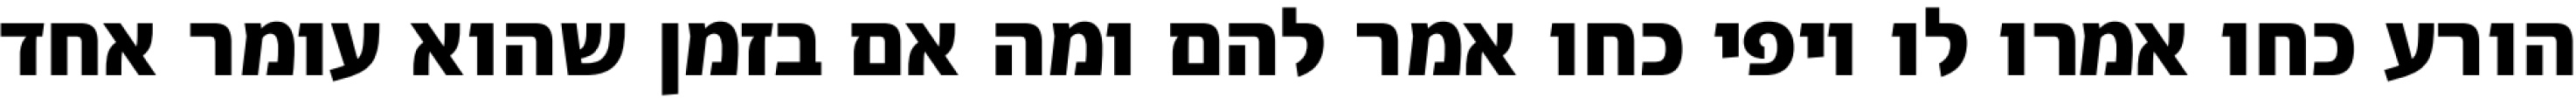
הורע כחו אמרו לו יופי כחו אמר להם ומה אם בזמן שהוא עומר אחד